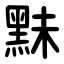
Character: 䵢